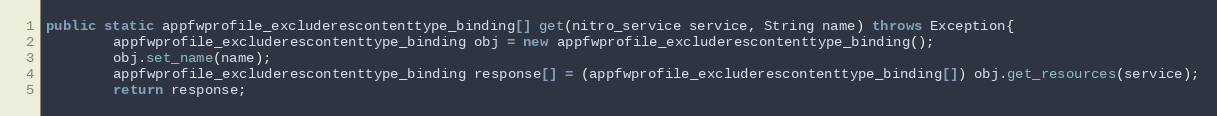
Language: Java
public static appfwprofile_excluderescontenttype_binding[] get(nitro_service service, String name) throws Exception{
		appfwprofile_excluderescontenttype_binding obj = new appfwprofile_excluderescontenttype_binding();
		obj.set_name(name);
		appfwprofile_excluderescontenttype_binding response[] = (appfwprofile_excluderescontenttype_binding[]) obj.get_resources(service);
		return response;